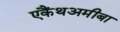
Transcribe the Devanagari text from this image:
एकैंथअमीबा